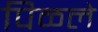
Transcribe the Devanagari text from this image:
पिळले